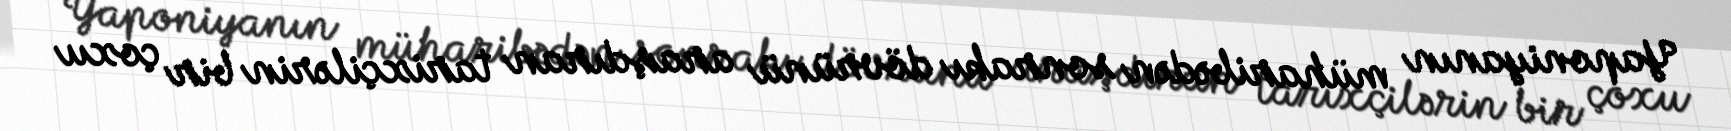
Yaponiyanın müharibədən sonrakı dövrünü araşdıran tarixçilərin bir çoxu